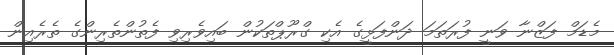
މެޑަމް ފަޒްނާ ވަނީ ފުރަތަމަ ދަންފަޅީގެ އެކި ގްރޫޕްތަކުން ބައިވެރިވި ފެތުންތެރިންގެ ތެރެއިން